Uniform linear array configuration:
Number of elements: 32
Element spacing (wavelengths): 0.75
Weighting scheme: cosine
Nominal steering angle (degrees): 15
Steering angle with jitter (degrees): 13.922
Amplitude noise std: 0.05
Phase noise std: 0.05

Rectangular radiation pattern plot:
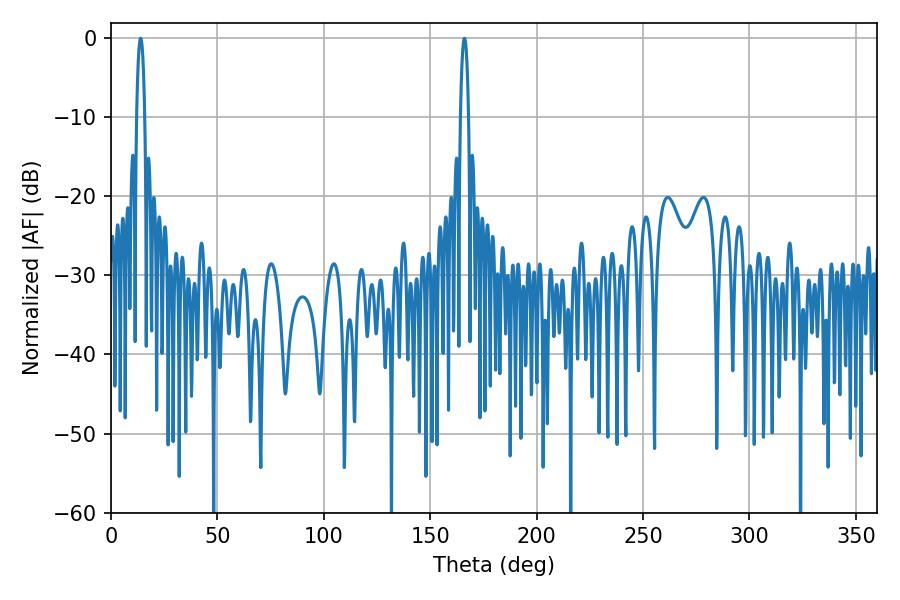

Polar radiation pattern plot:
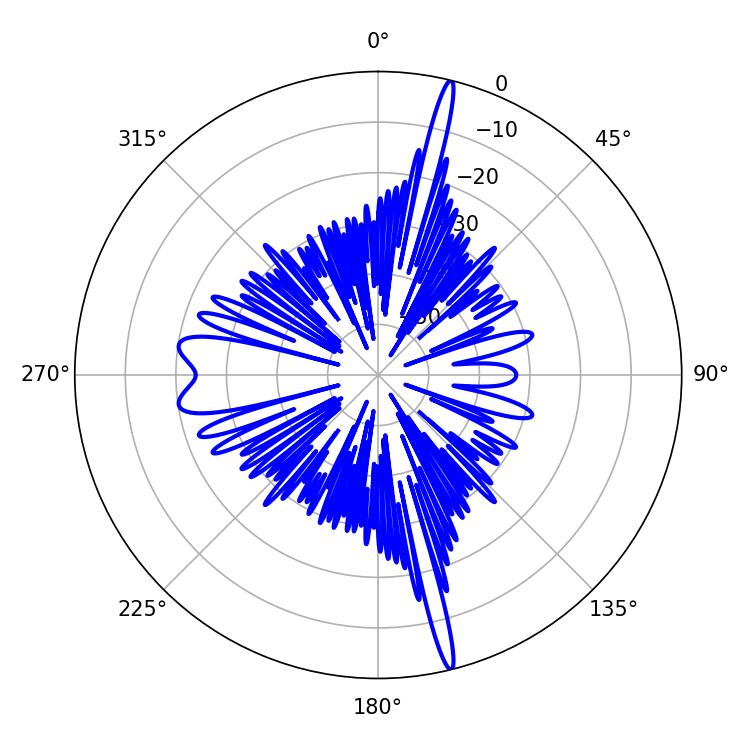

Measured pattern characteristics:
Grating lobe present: TRUE
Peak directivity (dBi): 20.757
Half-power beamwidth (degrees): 2.16
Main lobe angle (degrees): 13.86